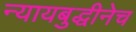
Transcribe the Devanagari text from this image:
न्यायबुद्धीनेच